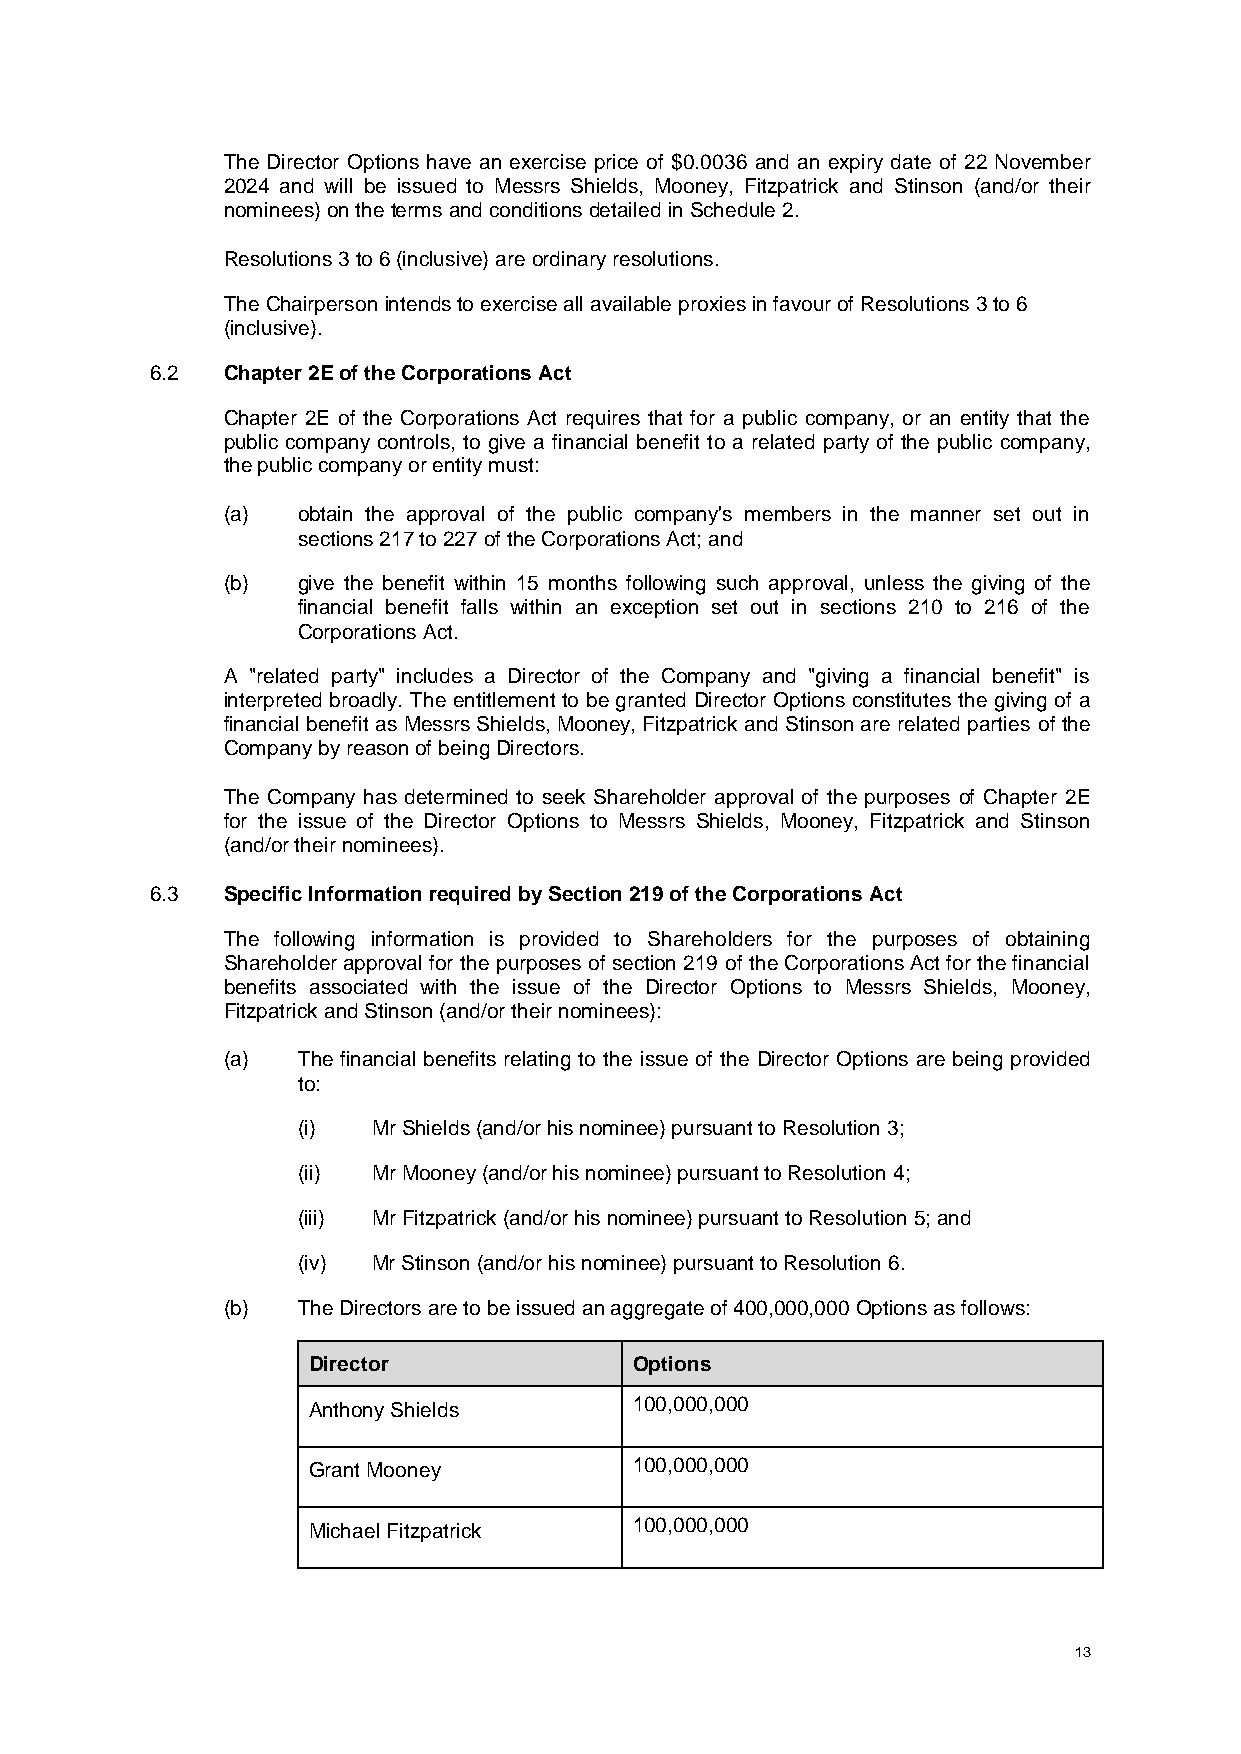
The Director Options have an exercise price of $0.0036 and an expiry date of 22 November
 2024 and will be issued to Messrs Shields, Mooney, Fitzpatrick and Stinson (and/or their
 nominees) on the terms and conditions detailed in Schedule 2.
 Resolutions 3 to 6 (inclusive) are ordinary resolutions.
 The Chairperson intends to exercise all available proxies in favour of Resolutions 3 to 6
 (inclusive).
 6.2  Chapter 2E of the Corporations Act
 Chapter 2E of the Corporations Act requires that for a public company, or an entity that the
 public company controls, to give a financial benefit to a related party of the public company,
 the public company or entity must:
 (a)  obtain the approval of the public company's members in the manner set out in
 sections 217 to 227 of the Corporations Act; and
 (b)  give the benefit within 15 months following such approval, unless the giving of the
 financial benefit falls within an exception set out in sections 210 to 216 of the
 Corporations Act.
 A "related party" includes a Director of the Company and "giving a financial benefit" is
 interpreted broadly. The entitlement to be granted Director Options constitutes the giving of a
 financial benefit as Messrs Shields, Mooney, Fitzpatrick and Stinson are related parties of the
 Company by reason of being Directors.
 The Company has determined to seek Shareholder approval of the purposes of Chapter 2E
 for the issue of the Director Options to Messrs Shields, Mooney, Fitzpatrick and Stinson
 (and/or their nominees).
 6.3  Specific Information required by Section 219 of the Corporations Act
 The following information is provided to Shareholders for the purposes of obtaining
 Shareholder approval for the purposes of section 219 of the Corporations Act for the financial
 benefits associated with the issue of the Director Options to Messrs Shields, Mooney,
 Fitzpatrick and Stinson (and/or their nominees):
 (a)  The financial benefits relating to the issue of the Director Options are being provided
 to:
 (i)  Mr Shields (and/or his nominee) pursuant to Resolution 3;
 (ii) Mr Mooney (and/or his nominee) pursuant to Resolution 4;
 (iii) Mr Fitzpatrick (and/or his nominee) pursuant to Resolution 5; and
 (iv) Mr Stinson (and/or his nominee) pursuant to Resolution 6.
 (b)  The Directors are to be issued an aggregate of 400,000,000 Options as follows:
 Director              Options
 Anthony Shields       100,000,000
 Grant Mooney          100,000,000
 Michael Fitzpatrick   100,000,000
 13